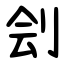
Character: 刽